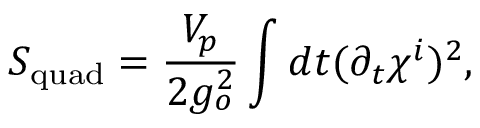
S _ { \mathrm { q u a d } } = \frac { V _ { p } } { 2 g _ { o } ^ { 2 } } \int d t ( \partial _ { t } \chi ^ { i } ) ^ { 2 } ,